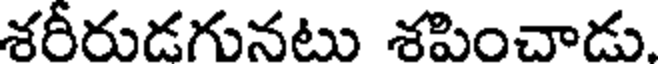
శరీరుడగునటు శపించాడు.